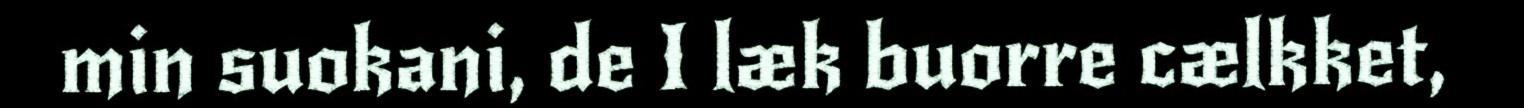
min suokani, de I læk buorre cælkket,